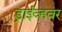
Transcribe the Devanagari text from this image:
ड्राईव्हवर